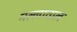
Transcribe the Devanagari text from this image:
मल्लाताल